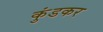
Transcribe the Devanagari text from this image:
कुंडकर